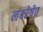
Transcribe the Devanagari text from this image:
लंबरेषेत